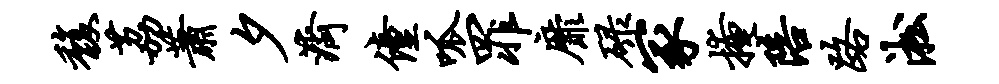
馥荔萧夕济僮呱罪靡碌冢掩陪路淞